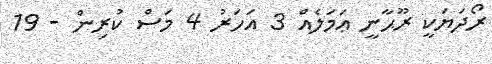
ރޯދަޔަކީ ރޫޙާނީ ޢަމަލެއް 3 އަހަރު 4 މަސް ކުރިން - 19